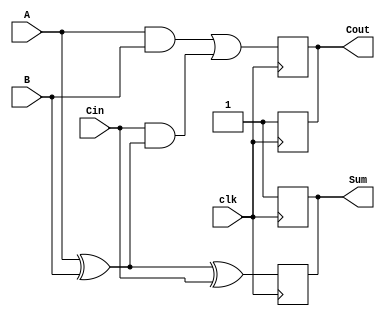
module dynamic_full_adder (
    input wire A,       // First input bit
    input wire B,       // Second input bit
    input wire Cin,     // Carry-in bit
    input wire clk,     // Clock signal
    output reg Sum,     // Sum output
    output reg Cout     // Carry-out output
);

    // Temporary signals for evaluation phase
    reg temp_sum;
    reg temp_cout;

    // Precharge phase (when clk is low)
    always @(negedge clk) begin
        Sum <= 1'b1;   // Precharge Sum to 1
        Cout <= 1'b1;  // Precharge Cout to 1
    end

    // Evaluation phase (when clk is high)
    always @(posedge clk) begin
        // Compute Sum using XOR logic
        temp_sum = A ^ B ^ Cin;
        
        // Compute Cout using OR logic
        temp_cout = (A & B) | (Cin & (A ^ B));
        
        // Update outputs
        Sum <= temp_sum;
        Cout <= temp_cout;
    end

endmodule